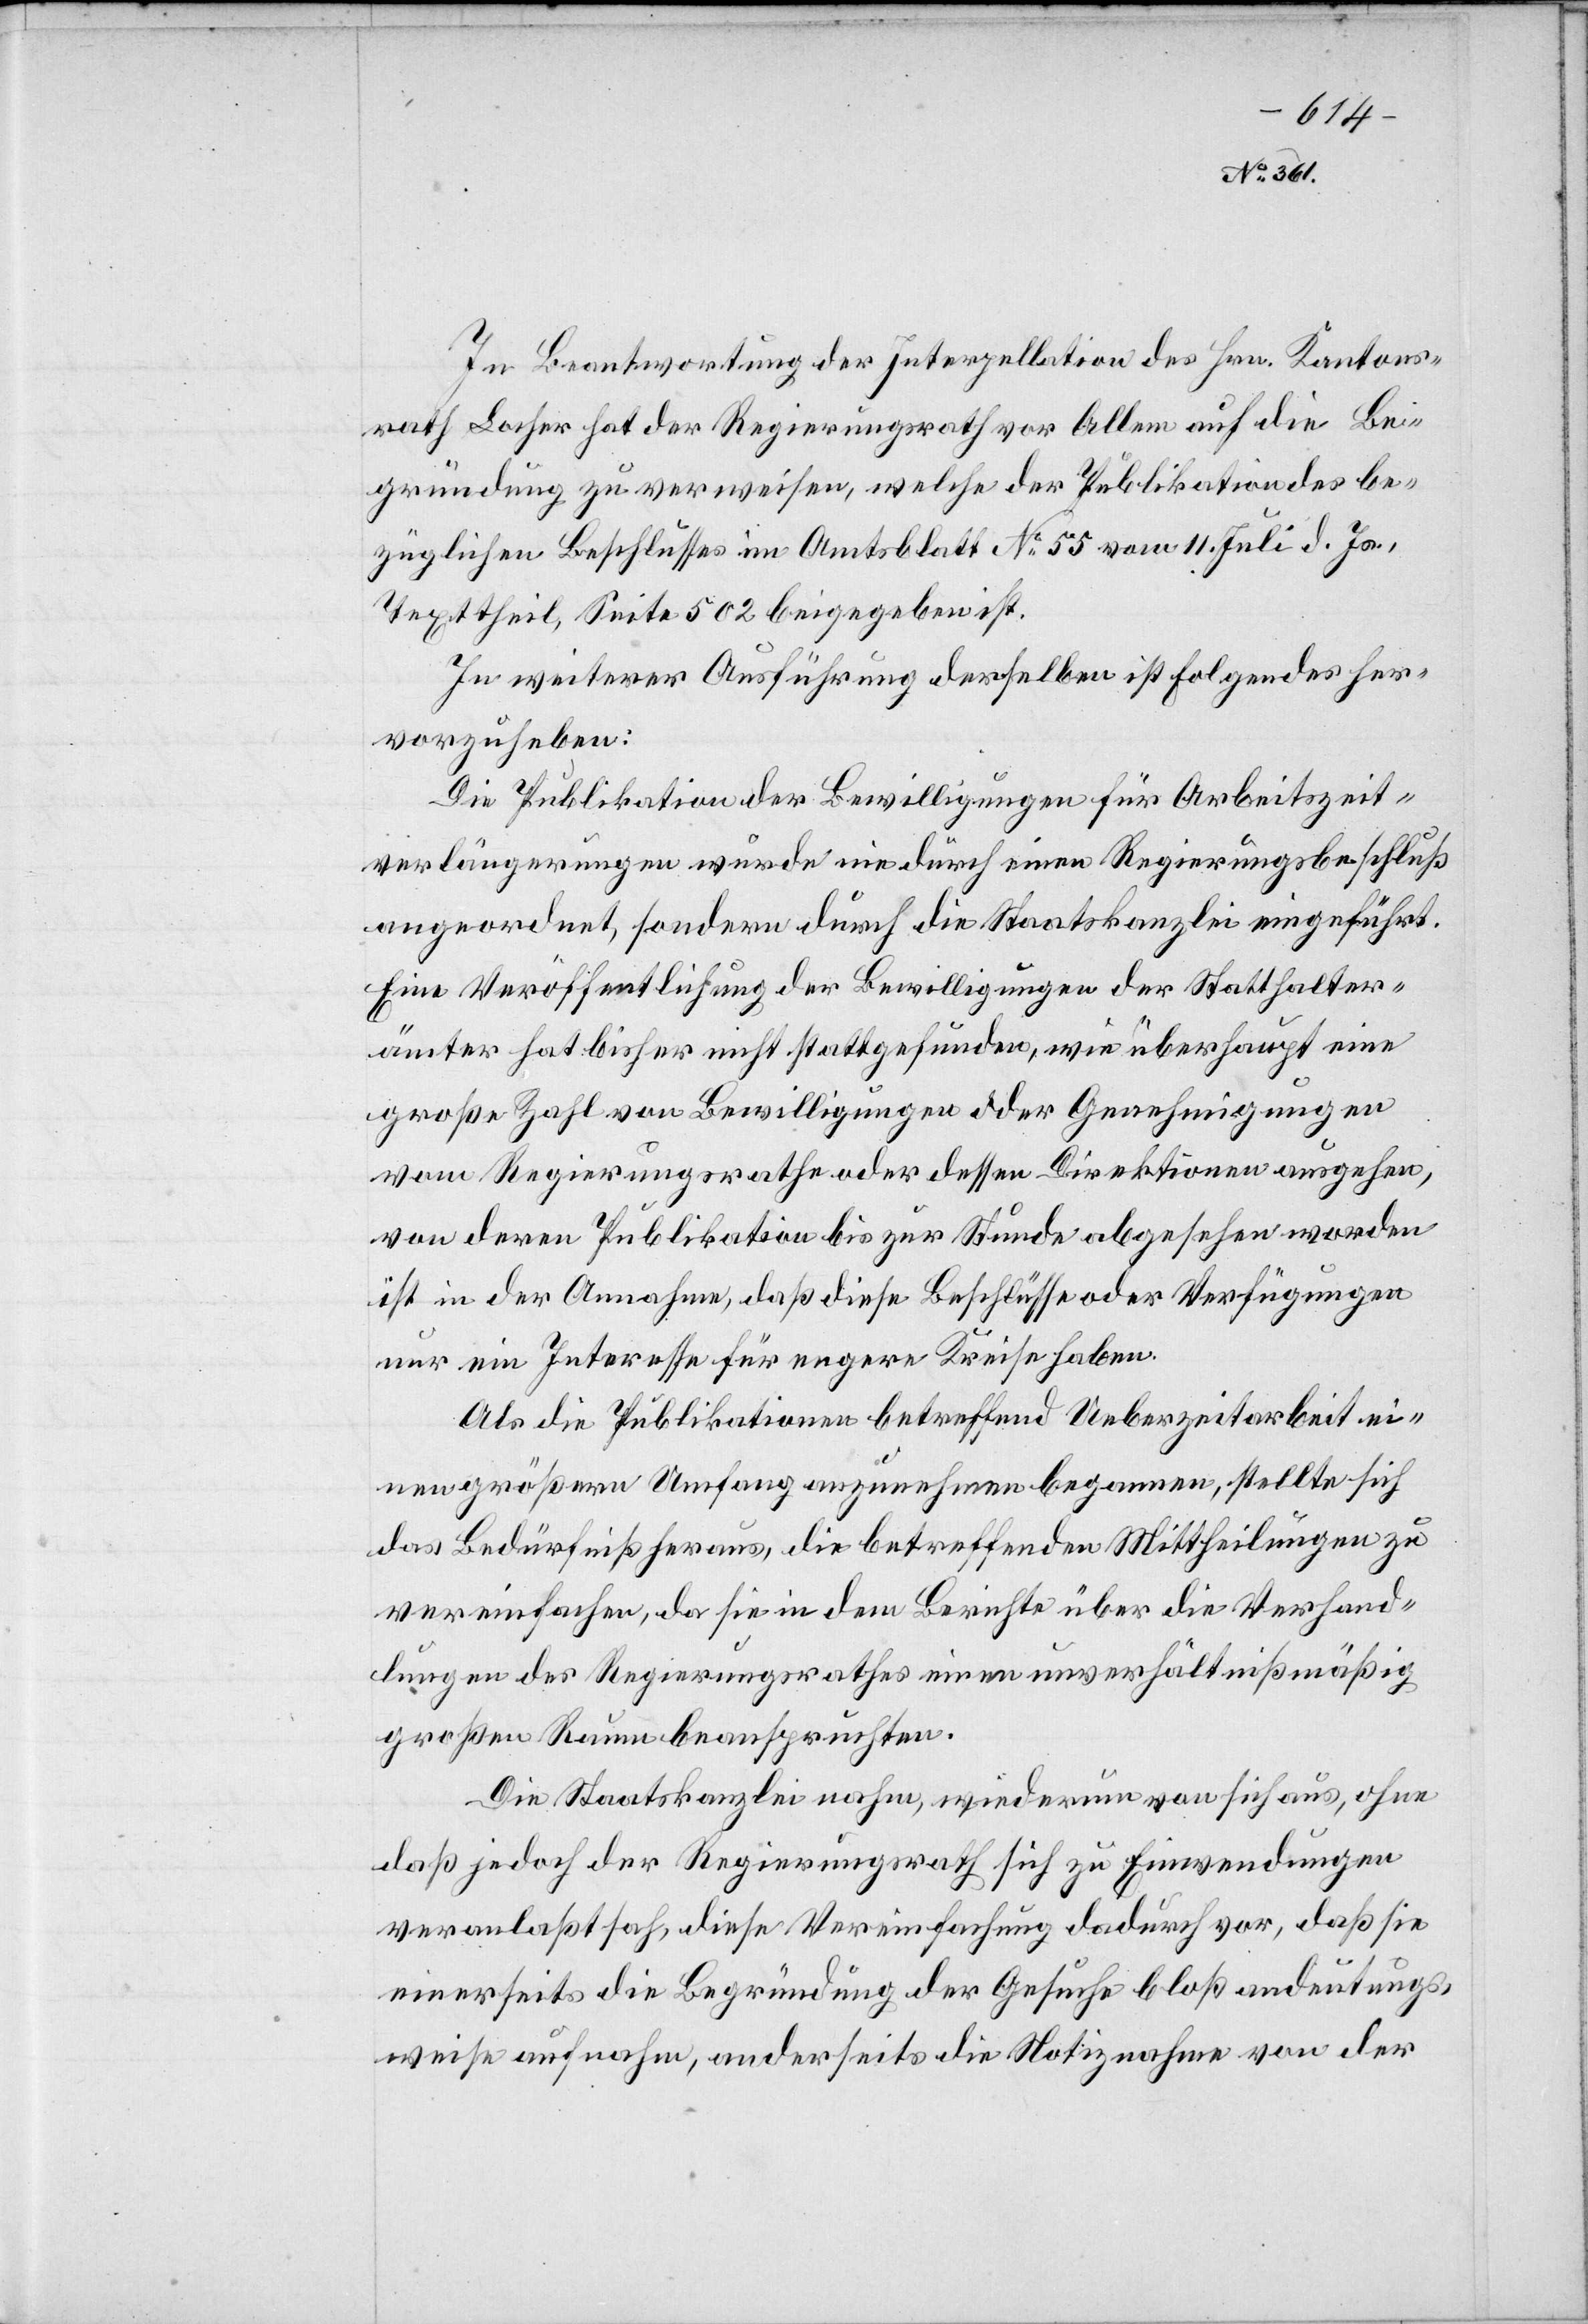
u.